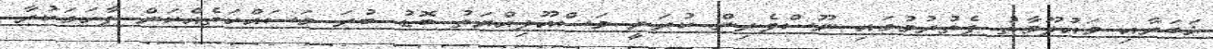
ޚަބަރާއި މައުލޫމާތު ފެތުރުމުގައި ނޫސްވެރިން ކުރަނީ މަސްއޫލިއްޔަތު ބޮޑު ބުރަ މަސައްކަތެއްކަން ފާހަގަކުރާ